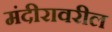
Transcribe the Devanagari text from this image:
मंदीरावरील